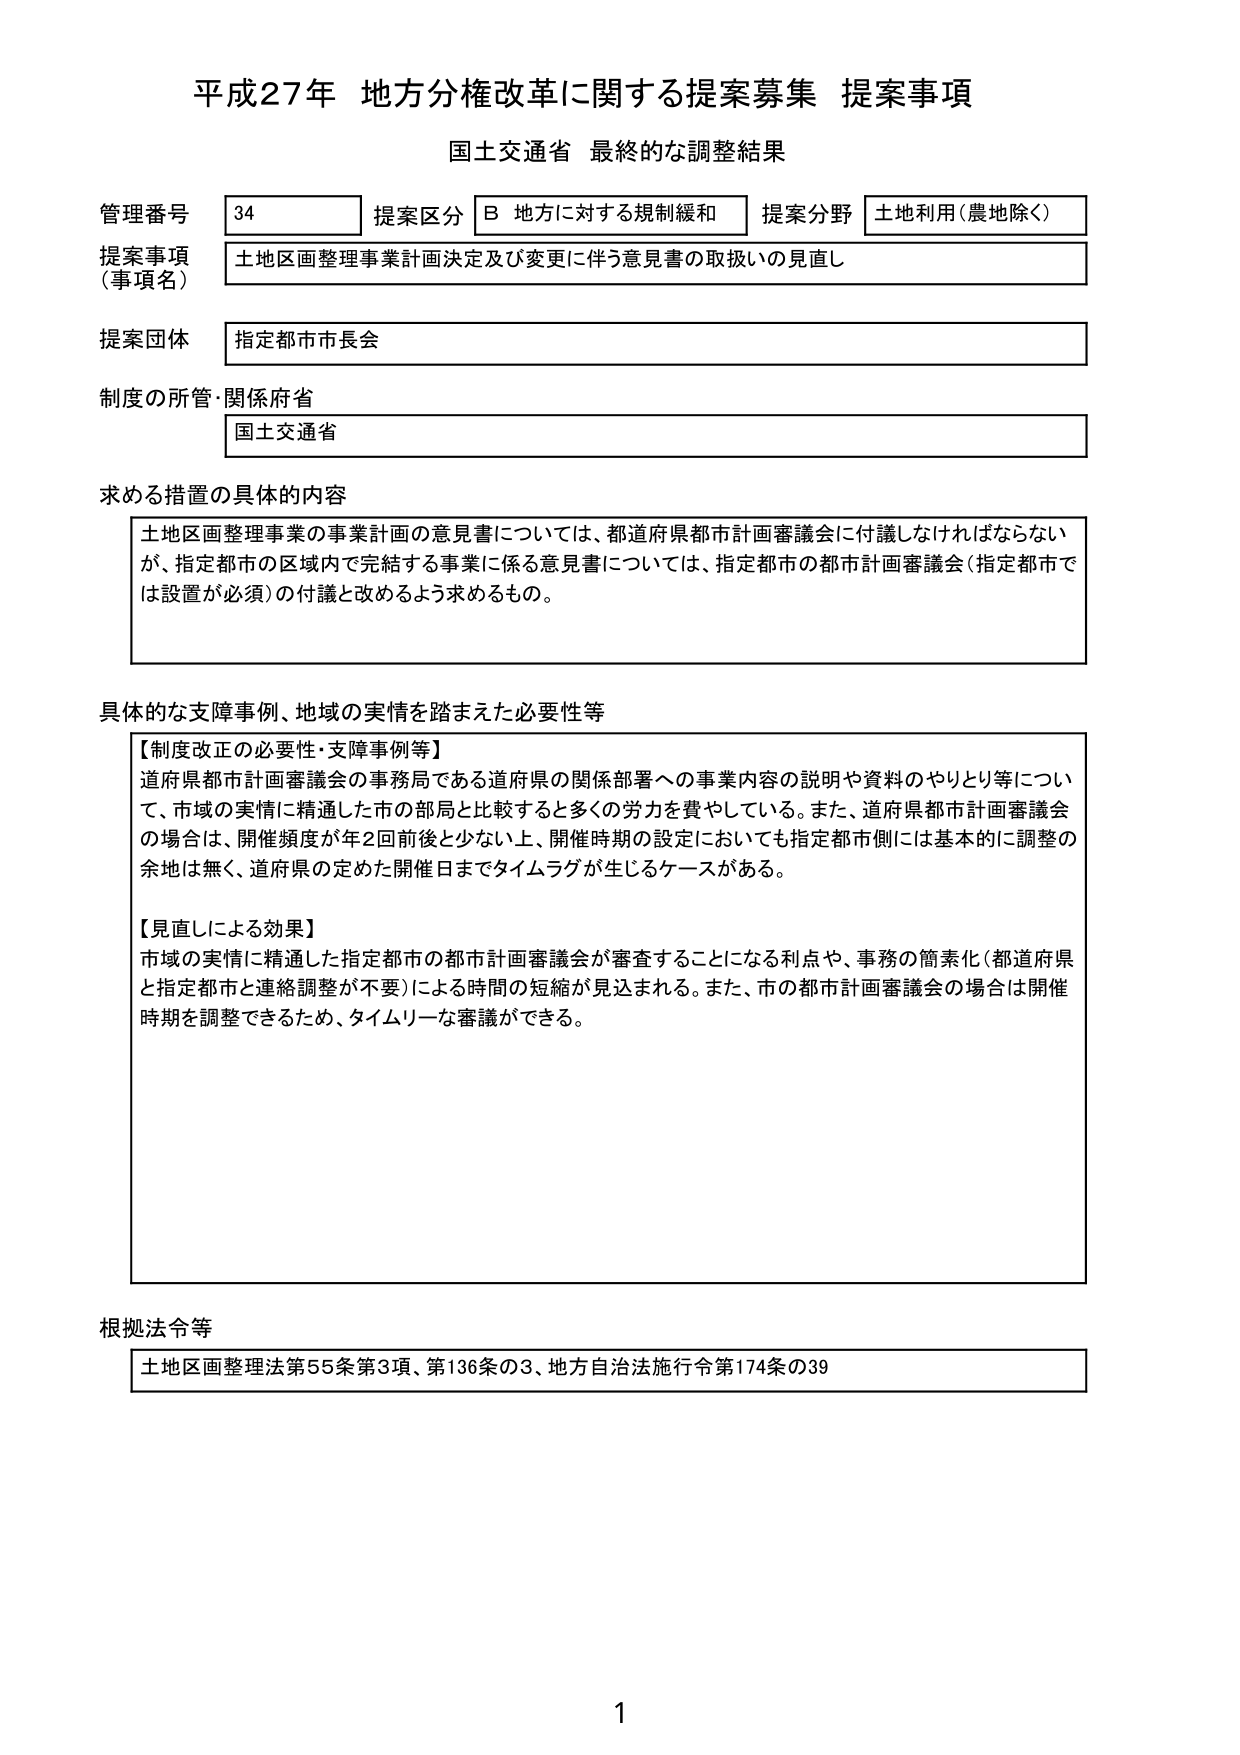
平成27年 地方分権改革に関する提案募集 提案事項
国土交通省 最終的な調整結果

管理番号 34 提案区分 B 地方に対する規制緩和 提案分野 土地利用（農地除く）
提案事項（事項名） 土地区画整理事業計画決定及び変更に伴う意見書の取扱いの見直し
提案団体 指定都市市長会
制度の所管・関係府省 国土交通省

求める措置の具体的内容
土地区画整理事業の事業計画の意見書については、都道府県都市計画審議会に付議しなければならないが、指定都市の区域内で完結する事業に係る意見書については、指定都市の都市計画審議会（指定都市では設置が必須）の付議と改めるよう求めるもの。

具体的な支障事例、地域の実情を踏まえた必要性等
【制度改正の必要性・支障事例等】
道府県都市計画審議会の事務局である道府県の関係部署への事業内容の説明や資料のやりとり等について、市域の実情に精通した市の部局と比較すると多くの労力を費やしている。また、道府県都市計画審議会の場合は、開催頻度が年2回前後と少ない上、開催時期の設定においても指定都市側には基本的に調整の余地は無く、道府県の定めた開催日までタイムラグが生じるケースがある。

【見直しによる効果】
市域の実情に精通した指定都市の都市計画審議会が審査することになる利点や、事務の簡素化（都道府県と指定都市と連絡調整が不要）による時間の短縮が見込まれる。また、市の都市計画審議会の場合は開催時期を調整できるため、タイムリーな審議ができる。

根拠法令等
土地区画整理法第55条第3項、第136条の3、地方自治法施行令第174条の39

1